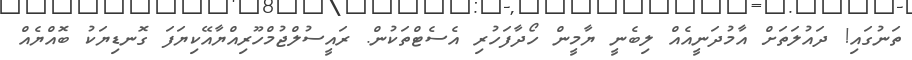
ތަނުގައި! ދައުލަތަށް އާމުދަނީއެއް ލިބެނީ ޔާމީން ހޯދާފަހުރި އެސެޓްތަކުން. ރައީސުލްޖުމްހޫރިއްޔާއޭކިޔަފަ ގޮނޑިޔަކު ބޮއްޔެއް